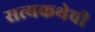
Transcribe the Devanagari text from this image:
सत्यकथेची